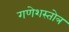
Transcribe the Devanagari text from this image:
गणेशस्तोत्र